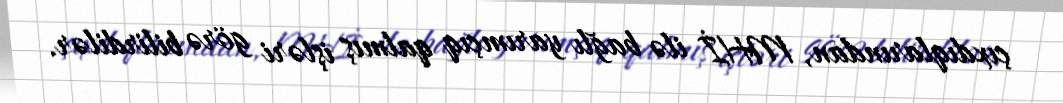
çıxdıqlarından, MHİ ilə bağlı yarımçıq qalmış işləri görə bilirdilər.